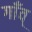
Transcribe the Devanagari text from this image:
गाँव्